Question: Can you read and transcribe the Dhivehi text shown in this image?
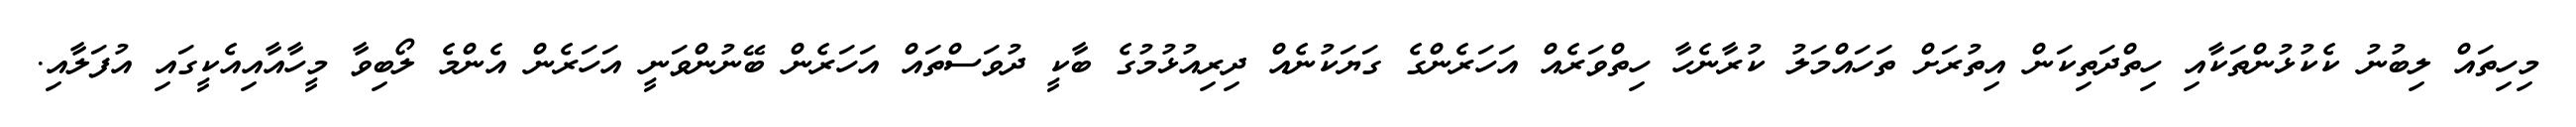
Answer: މިހިތައް ލިބުނު ކެކުޅުންތަކާއި ހިތްދަތިކަން އިތުރަށް ތަހައްމަލު ކުރާނެހާ ހިތްވަރެއް އަހަރެންގެ ގަޔަކުނެއް ދިރިއުޅުމުގެ ބާކީ ދުވަސްތައް އަހަރެން ބޭނުންވަނީ އަހަރެން އެންމެ ލޯބިވާ މީހާއާއިއެކީގައި އުފަލާއި.